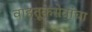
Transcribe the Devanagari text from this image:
वाहतूकसेवांचा